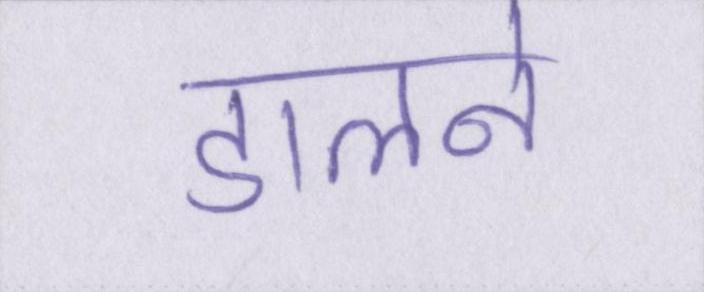
डालने